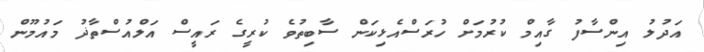
އަދުލު އިންސާފު ގާއިމް ކުރުމަށް ހުރަސްއެޅިކަން ސާބިތުވެ ކުރީގެ ރައީސް އަލްއުސްތާޛު މައުމޫން